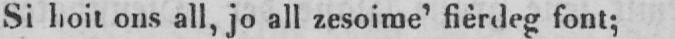
Si hoit ons all, jo all zesoime’ fièrdeg font;